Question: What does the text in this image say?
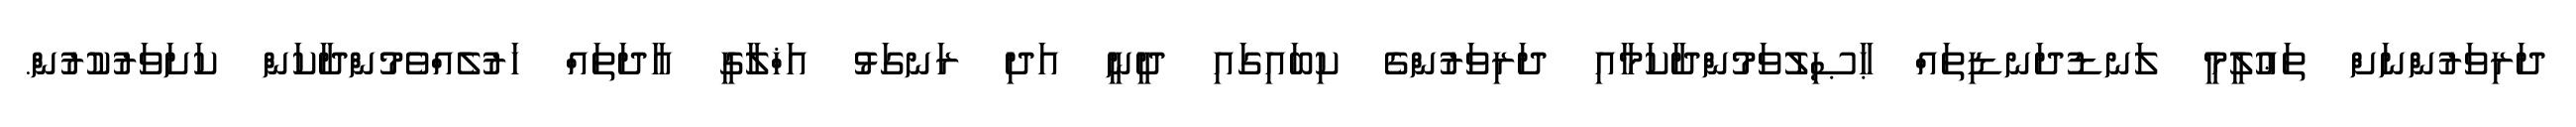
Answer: ދަރިވަރުންނަށް ތަޢުލީމީ ލަނޑުދަނޑިތައް ޙާޞިލުވަމުންދާކަމާއި ދަރިވަރުންގެ ކިބައިގައި ދީނީ އަދި ރަނގަޅު އަޚްލާގީ އާދަތައް ހަރުލެއްވެމުންދާކަން ކަށަވަރުކުރުން.